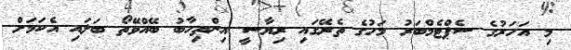
މި އަހަރުގެ ސެޕްޓެމްބަރު މަހުގެ ތެރޭގައި ރިޔާސީ އިންތިހާބު ބޭއްވޭތޯ ބަލައި އެކަމަށް